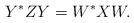
LaTeX: \begin{align*}Y^* Z Y = W^* XW.\end{align*}